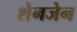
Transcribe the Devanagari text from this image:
शेनजेन